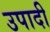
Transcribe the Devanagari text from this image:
उपादी